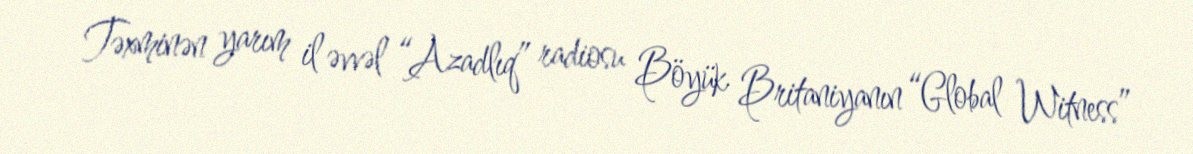
Təxminən yarım il əvvəl “Azadlıq” radiosu Böyük Britaniyanın “Global Witness”